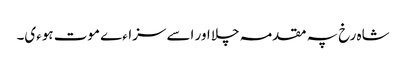
شاہ رخ پہ مقدمہ چلا اور اسے سزاءے موت ہوءی۔